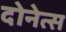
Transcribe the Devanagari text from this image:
दोनेत्स